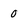
Character: O